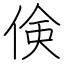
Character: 倹